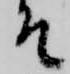
そ